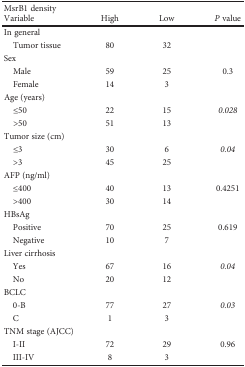
<table><thead><tr><td colspan="4"><b>MsrB1 density</b></td></tr><tr><td><b>Variable</b></td><td><b>High</b></td><td><b>Low</b></td><td><b><i>P</i> value</b></td></tr></thead><tbody><tr><td colspan="4">In general</td></tr><tr><td> Tumor tissue</td><td>80</td><td>32</td><td></td></tr><tr><td colspan="4">Sex</td></tr><tr><td> Male</td><td>59</td><td>25</td><td>0.3</td></tr><tr><td> Female</td><td>14</td><td>3</td><td></td></tr><tr><td colspan="4">Age (years)</td></tr><tr><td> ≤50</td><td>22</td><td>15</td><td><i>0.028</i></td></tr><tr><td> &gt;50</td><td>51</td><td>13</td><td></td></tr><tr><td colspan="4">Tumor size (cm)</td></tr><tr><td> ≤3</td><td>30</td><td>6</td><td><i>0.04</i></td></tr><tr><td> &gt;3</td><td>45</td><td>25</td><td></td></tr><tr><td colspan="4">AFP (ng/ml)</td></tr><tr><td> ≤400</td><td>40</td><td>13</td><td>0.4251</td></tr><tr><td> &gt;400</td><td>30</td><td>14</td><td></td></tr><tr><td colspan="4">HBsAg</td></tr><tr><td> Positive</td><td>70</td><td>25</td><td>0.619</td></tr><tr><td> Negative</td><td>10</td><td>7</td><td></td></tr><tr><td colspan="4">Liver cirrhosis</td></tr><tr><td> Yes</td><td>67</td><td>16</td><td><i>0.04</i></td></tr><tr><td> No</td><td>20</td><td>12</td><td></td></tr><tr><td colspan="4">BCLC</td></tr><tr><td> 0-B</td><td>77</td><td>27</td><td><i>0.03</i></td></tr><tr><td> C</td><td>1</td><td>3</td><td></td></tr><tr><td colspan="4">TNM stage (AJCC)</td></tr><tr><td> I-II</td><td>72</td><td>29</td><td>0.96</td></tr><tr><td> III-IV</td><td>8</td><td>3</td><td></td></tr></tbody></table>